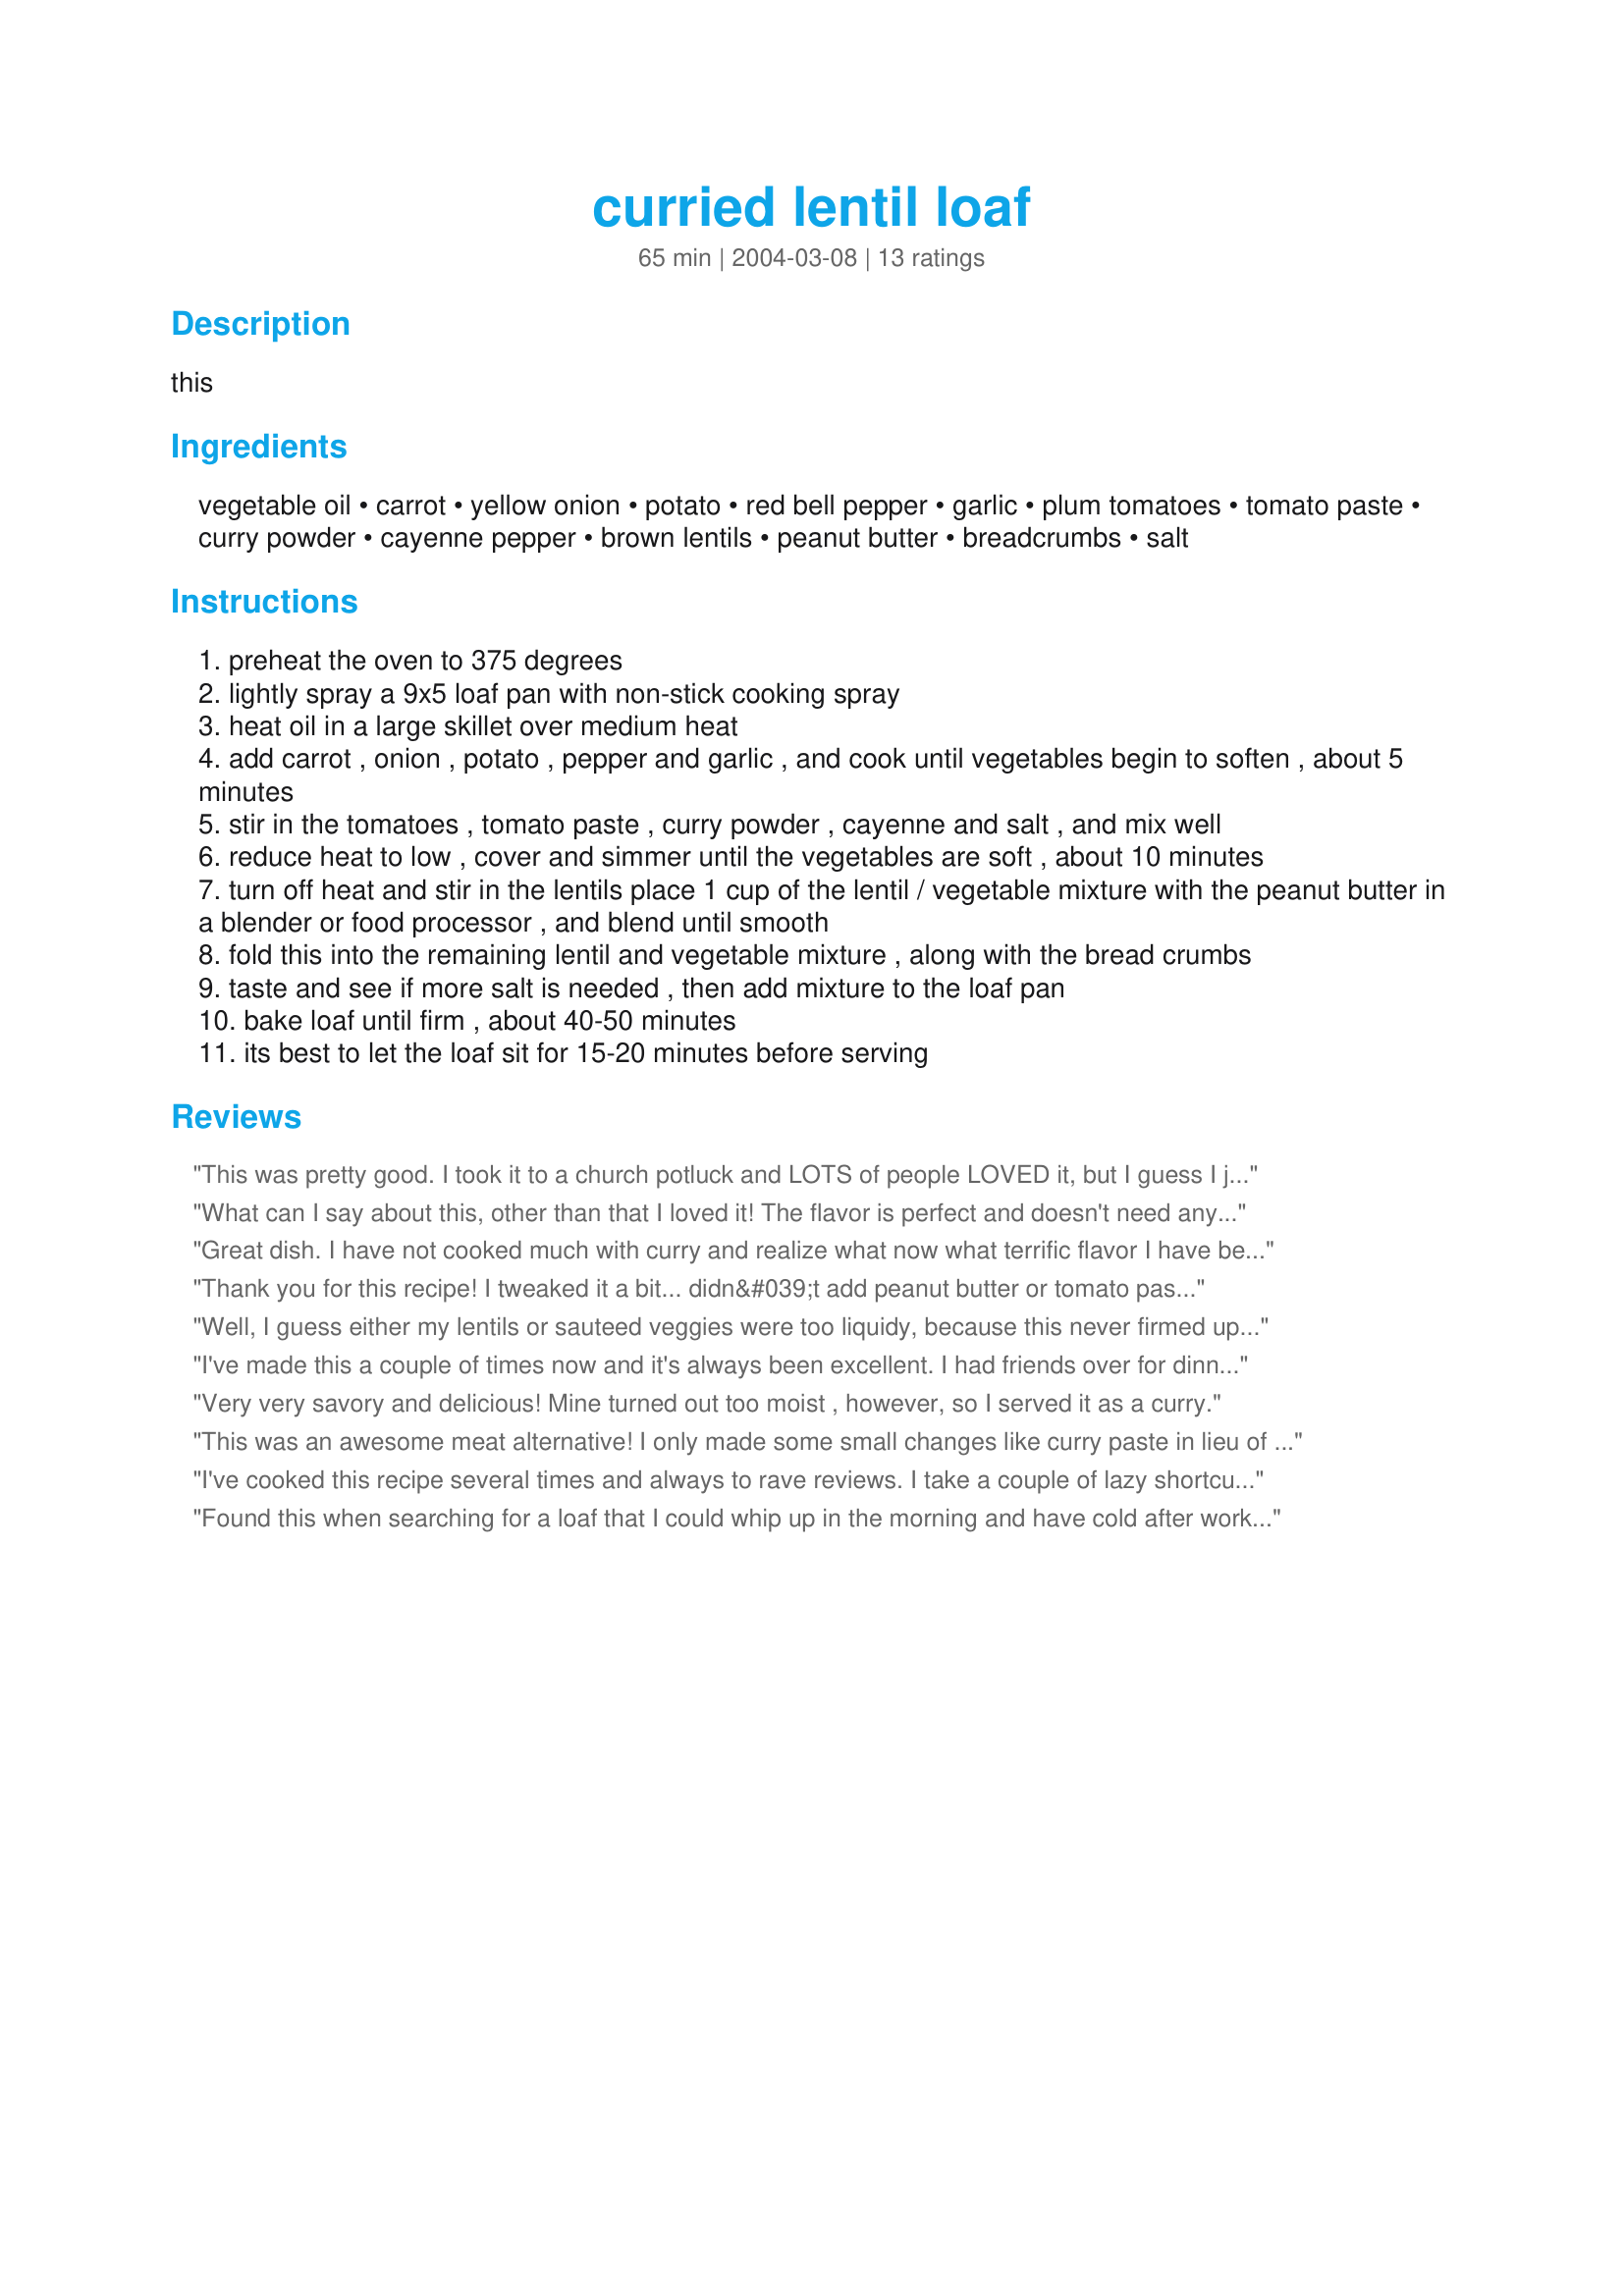
curried lentil loaf
Preparation time: 65 minutes

this

Ingredients:
vegetable oil, carrot, yellow onion, potato, red bell pepper, garlic, plum tomatoes, tomato paste, curry powder, cayenne pepper, brown lentils, peanut butter, breadcrumbs, salt

Steps:
preheat the oven to 375 degrees
lightly spray a 9x5 loaf pan with non-stick cooking spray
heat oil in a large skillet over medium heat
add carrot , onion , potato , pepper and garlic , and cook until vegetables begin to soften , about 5 minutes
stir in the tomatoes , tomato paste , curry powder , cayenne and salt , and mix well
reduce heat to low , cover and simmer until the vegetables are soft , about 10 minutes
turn off heat and stir in the lentils place 1 cup of the lentil / vegetable mixture with the peanut butter in a blender or food processor , and blend until smooth
fold this into the remaining lentil and vegetable mixture , along with the bread crumbs
taste and see if more salt is needed , then add mixture to the loaf pan
bake loaf until firm , about 40-50 minutes
its best to let the loaf sit for 15-20 minutes before serving

Reviews:
This was pretty good. I took it to a church potluck and LOTS of people LOVED it, but I guess I just need a bit more convincing! VERY interesting taste and texture - baked up well as a loaf and sliced easily. Thanks for this healthy recipe!
What can I say about this, other than that I loved it! The flavor is perfect and doesn't need any tweaking in my opinion. Mine came out fairly loaf-like. It was sort of crunchy on the outside and creamy on the inside and kept its shape pretty well after being sliced. I made sure that while I was simmering the veggies most of the liquid was soaked up/evaporated before moving on, which might have helped with the texture.

I was going to make sandwiches out of leftovers by frying the slices in a little vegetable oil to make veggie patties. Unfortunately the loaf didn't survive to the next day because I couldn't stop nibbling on it!
Great dish. I have not cooked much with curry and realize what now what terrific flavor I have been missing. I used whole package of dried brown lentils and a cup of dried red lentils cooked in quart of veg broth. Had to leave out the peanut butter and used a cup of crushed gluten-free cornflakes. Also tripled the garlic and peppers. Fantastic! Will make again. Thanks
Thank you for this recipe! I tweaked it a bit... didn&#039;t add peanut butter or tomato paste or breadcrumbs, instead I added 1 egg, almost 2 Tbs of ketchup, oatmeal (for the breadcrumbs) and fresh chopped cilantro. It was yummy!
Well, I guess either my lentils or sauteed veggies were too liquidy, because this never firmed up and became a loaf for me. I guess it might have had I just kept baking it, but we were starving, so we just had it more casserole-style (just scooped out of the loaf pan). The flavors were just phenomenal, though. Lots of veggies and I love the peanut butter/cayenne flavor (it reminds me of the sauce in Pan-Fried Tofu with Spicy Peanut Sauce recipe #6919, which I love). Easy and full of veggies. Most other lentil loaves I've tried are mostly lentils, but this one is interesting in that I think there are even more veggies than lentils. I really like the addition of the potato too. BF insisted we added a little cheddar cheese, so we grated about 1/4 cup and put some in the loaf and some on top. I will surely try this again and see if I can actually get a loaf out of it... lol, but the flavor is really fantastic, whether the texture is correct or not. Thanks for another winner, Becky!
I've made this a couple of times now and it's always been excellent. I had friends over for dinner one time and I knew one wasn't a curry fan so I basically used just a little coriander instead the full blown curry powder. He loved it. On another note, any recipe that typically calls for curry powder, I typically use curry paste instead. You can buy this at most grocery stores that have an international section. The tastes are so much better developed.
Very very savory and delicious! Mine turned out too moist , however, so I served it as a curry.
This was an awesome meat alternative! I only made some small changes like curry paste in lieu of powder and added some frozen peas. Mine didn't turn out very 'loaf' like either but was still very tasty. I may add some cheddar or mozzarella, and mushrooms next time for variety.<br/>Thanks for sharing! :)
I've cooked this recipe several times and always to rave reviews. I take a couple of lazy shortcuts: I just bung the lentils, peanut butter and breadcrumbs (I add about twice the amount of wholemeal breadcrumbs) into the pot without blending. A really tasty, filling and nutritious veggie (vegan!) recipe that pleases veggies and meateaters alike. Yum! Thank you for sharing it KB.
Found this when searching for a loaf that I could whip up in the morning and have cold after work. Nice and easy to make, as you can see from the photo it holds together well when sliced. For those that find the peanut butter unusual, I would suggest using an egg instead. It made for a very tasty and enjoyable vegetarian meal.
Awesome, awesome! Son in law and daugthter loved it and so did I, a non-vegetarian. Believe blending a cup of the lentil/veget mix with the peanut butter is vital to keeping the loaf together. Served with mushroom gravy. Will pass on recipe to non-vegetarian friends to try since it's so easy to eat and smells so delish while baking (might try it on DH, too). Thanks for the recipe!!
This wasn't horrible, but it's not something I'd make again. The end result was pretty cohesive, but tasted strongly of the tomato/peanut butter and not much else. Would have preferred if the flavor was a bit more complex or more interesting.
A really nice and different recipe. I really loved the fact that it was meatless. I used whole masoor dal instead of the brown lentil. Used my own garam masala powder - 3 tsps (which has chilli and a blend of 22 other spices in it too :) instead of the curry powder and chilli powder and added chopped green chilli too. But everything else I kept the same and it was truly lovely. Served it with fish and a green salad for dinner. My son really loved it as did the rest of us. Thanks :) Fay
